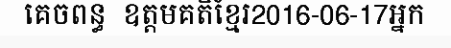
គេចពន្ធ  ឧត្តមគតិខ្មែរ2016-06-17អ្នក